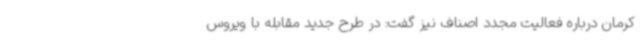
کرمان درباره فعالیت مجدد اصناف نیز گفت: در طرح جدید مقابله با ویروس